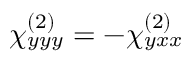
\chi _ { y y y } ^ { ( 2 ) } = - \chi _ { y x x } ^ { ( 2 ) }